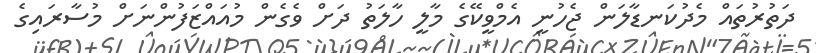
ދަތުރުތައް މެދުކަނޑާލަން ޖެހުނީ އެމްވީކޭގެ މާލީ ހާލަތު ދަށް ވެގެން މުއައްޒަފުންނަށް މުސާރައިގެ